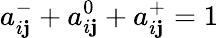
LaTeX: a_{i\mathbf{j}}^{-}+a_{i\mathbf{j}}^{0}+a_{i\mathbf{j}}^{+}=1